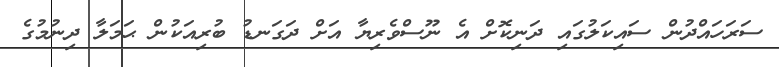
ސަރަހައްދުން ސައިކަލުގައި ދަނިކޮށް އެ ނޫސްވެރިޔާ އަށް ދަގަނޑު ބުރިއަކުން ޙަމަލާ ދިނުމުގެ